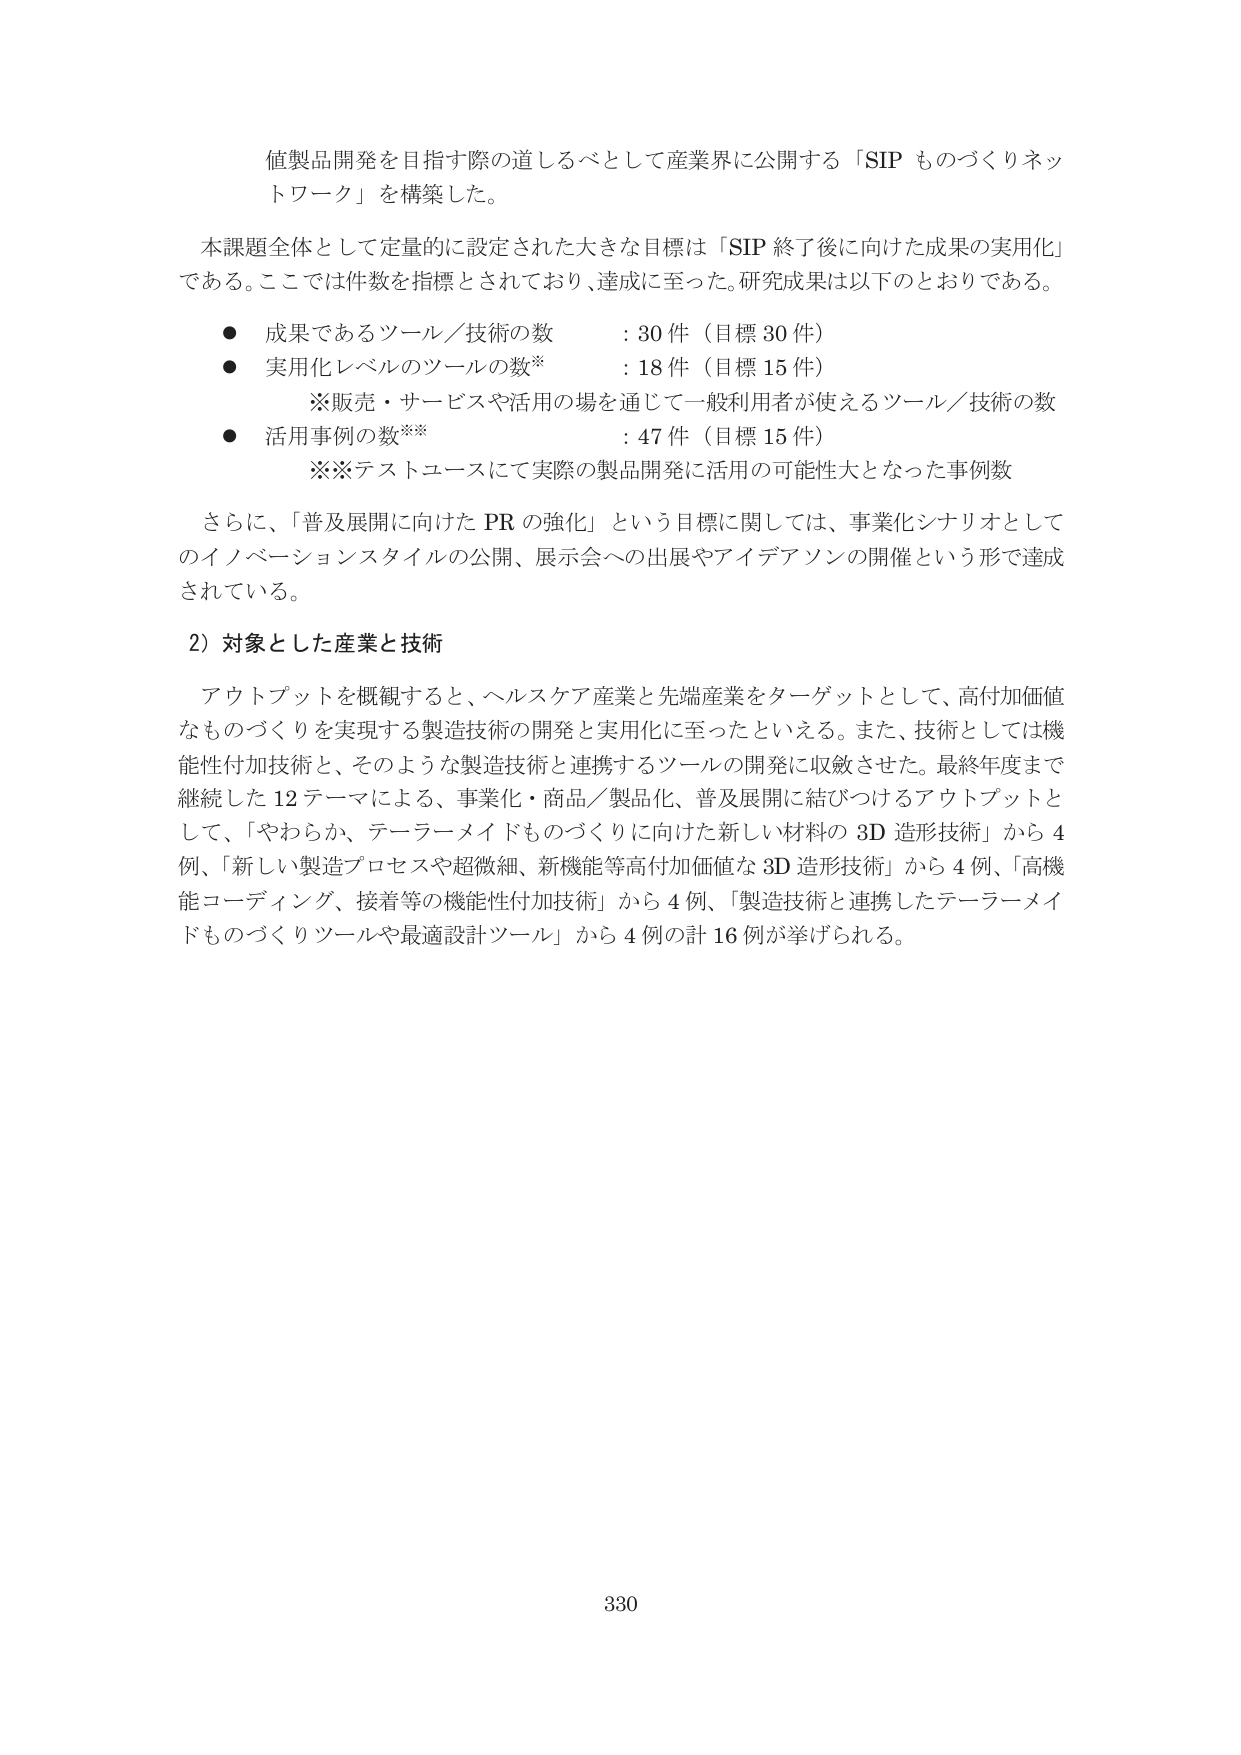
値製品開発を目指す際の道しるべとして産業界に公開する「SIP ものづくりネットワーク」を構築した。

本課題全体として定量的に設定された大きな目標は「SIP 終了後に向けた成果の実用化」である。ここでは件数を指標とされており、達成に至った。研究成果は以下のとおりである。

● 成果であるツール／技術の数 : 30件（目標30件）
● 実用化レベルのツールの数※ : 18件（目標15件）
　　※販売・サービスや活用の場を通じて一般利用者が使えるツール／技術の数
● 活用事例の数※※ : 47件（目標15件）
　　※※テストユースにて実際の製品開発に活用の可能性大となった事例数

さらに、「普及展開に向けた PR の強化」という目標に関しては、事業化シナリオとしてのイノベーションスタイルの公開、展示会への出展やアイデアソンの開催という形で達成されている。

2）対象とした産業と技術

アウトプットを概観すると、ヘルスケア産業と先端産業をターゲットとして、高付加価値なものづくりを実現する製造技術の開発と実用化に至ったといえる。また、技術としては機能性付加技術と、そのような製造技術と連携するツールの開発に収斂させた。最終年度まで継続した12テーマによる、事業化・商品／製品化、普及展開に結びつけるアウトプットとして、「やわらか、テーラーメイドものづくりに向けた新しい材料の3D造形技術」から4例、「新しい製造プロセスや超微細、新機能等高付加価値な3D造形技術」から4例、「高機能コーディング、接着等の機能性付加技術」から4例、「製造技術と連携したテーラーメイドものづくりツールや最適設計ツール」から4例の計16例が挙げられる。

330